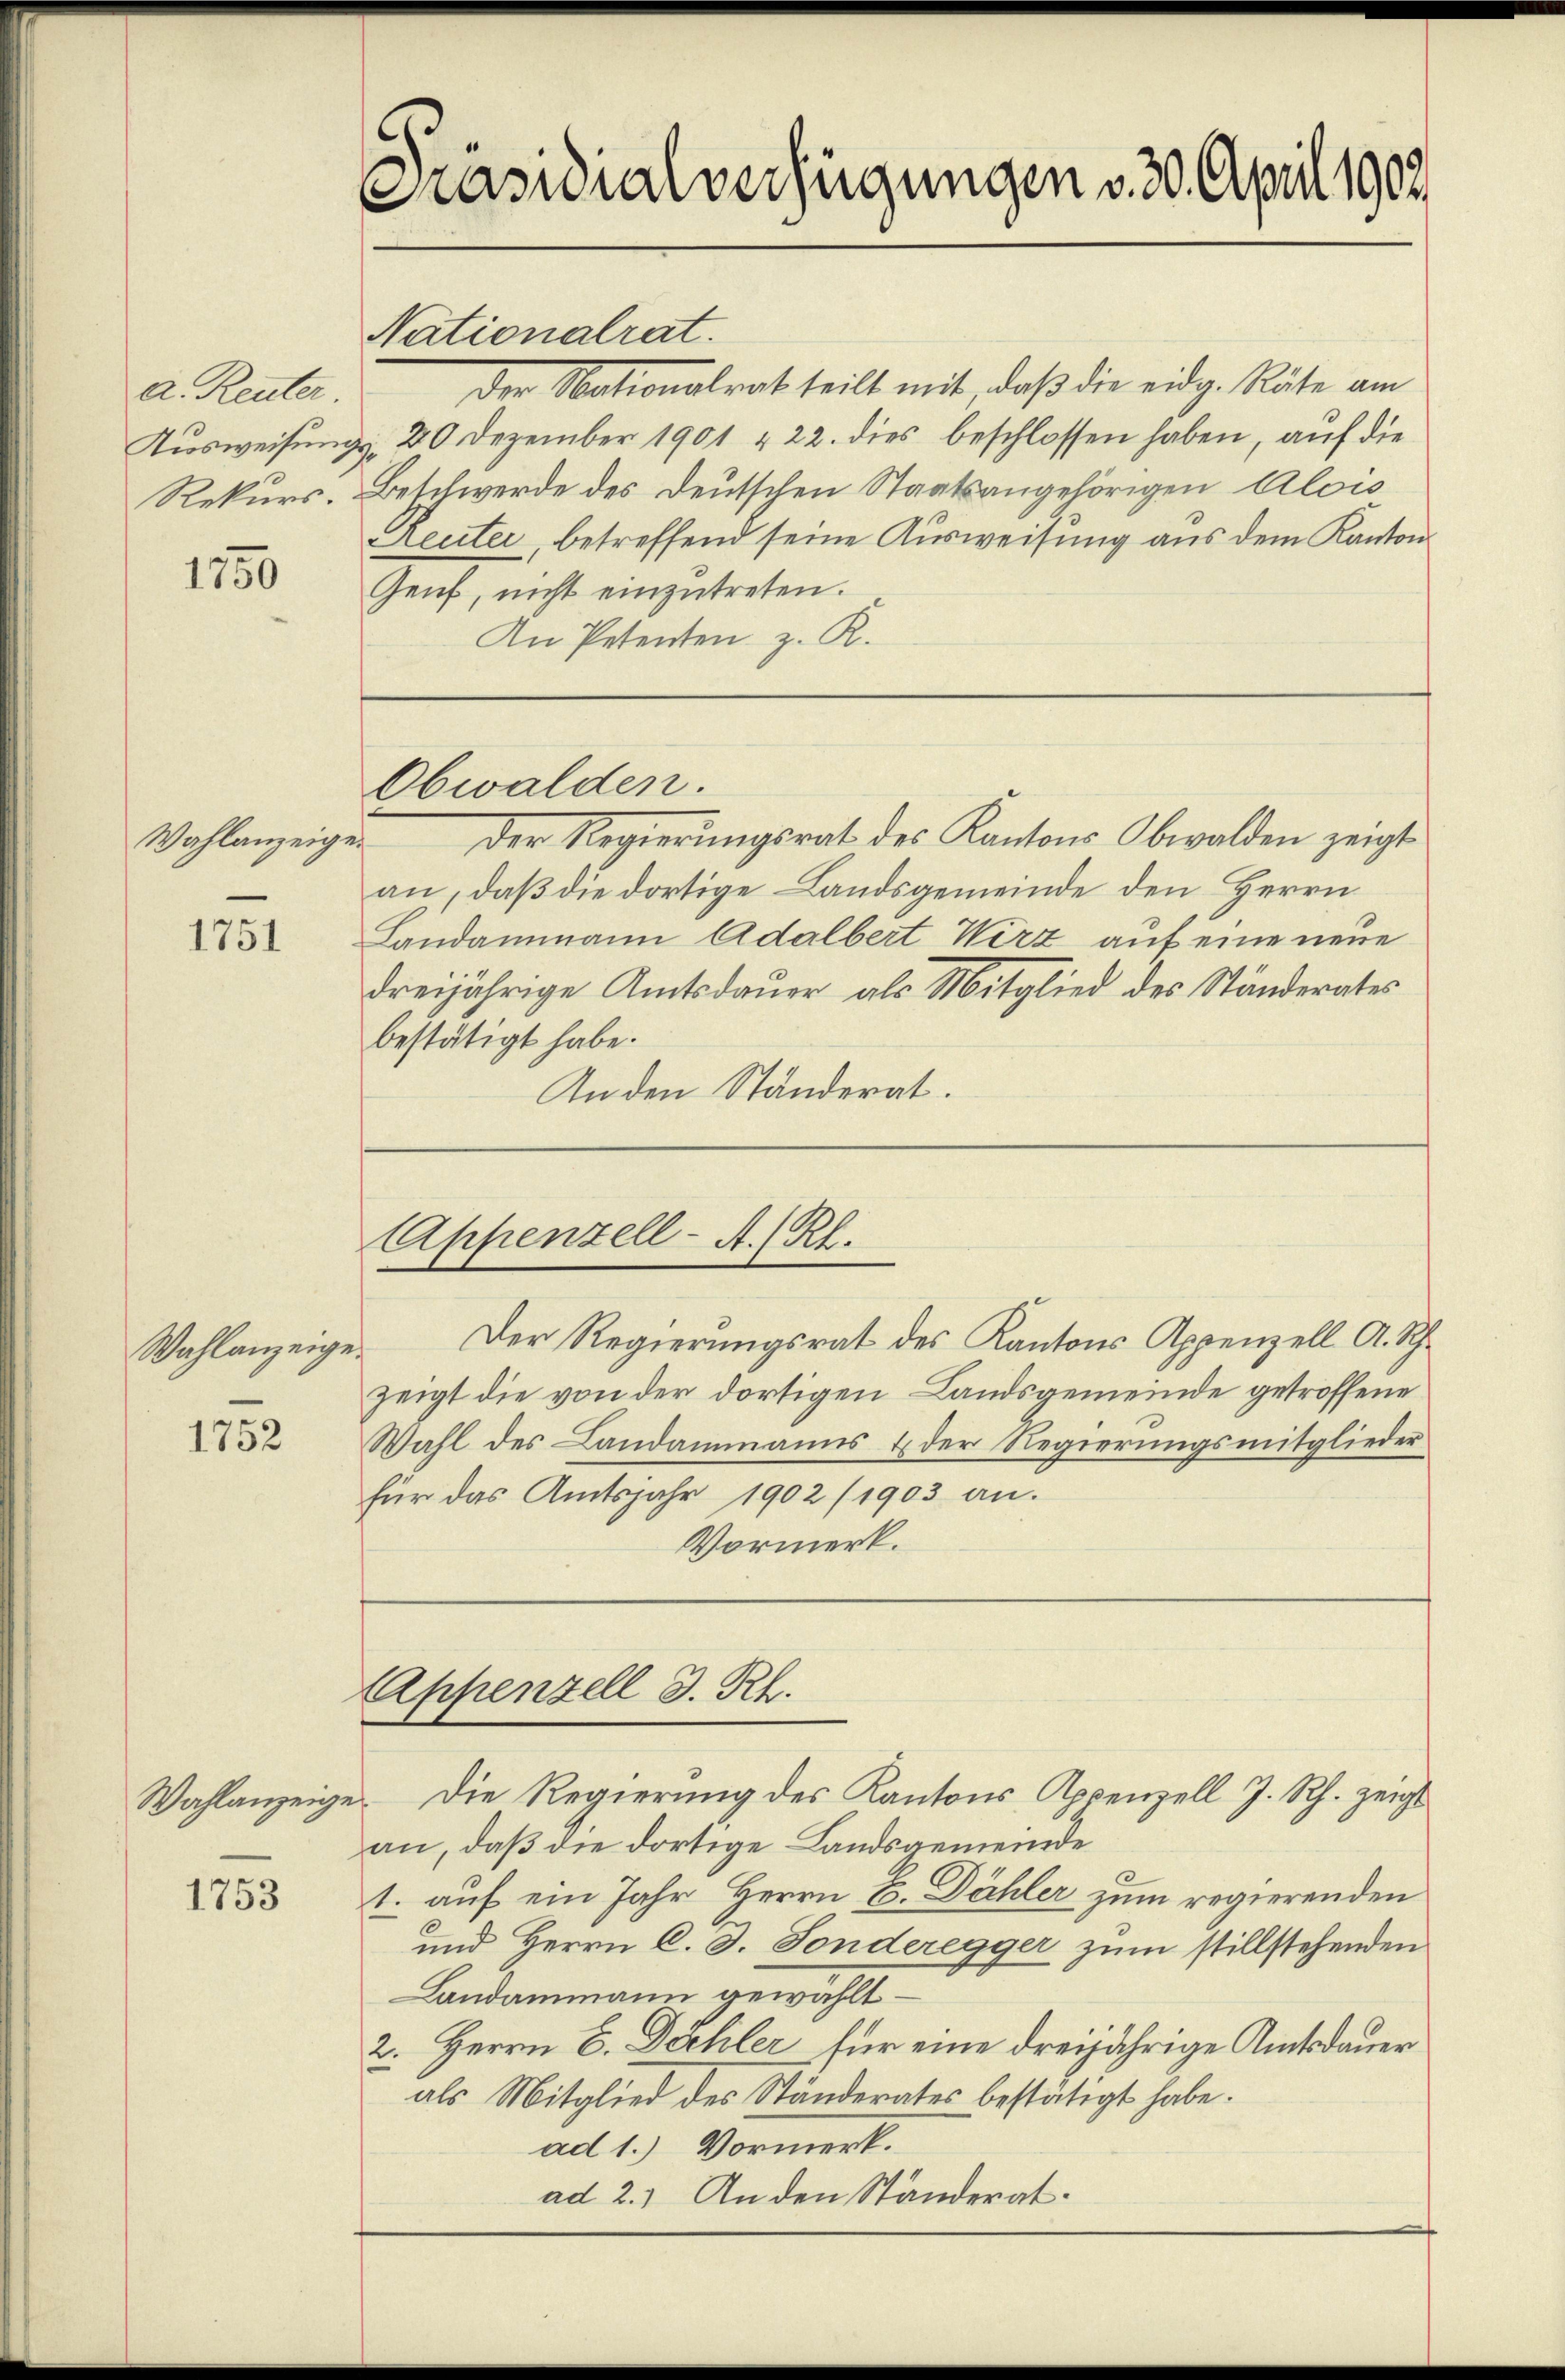
a. Reuter
Rekurs.

1750

Wahlanzeige.

1751

Wahlanzeige.

1752

Wahlanzeig

1753

Präsidialverfügungen v. 30. April 1902

Der Nationalrat teilt mit, daß die eidg. Räte am
Ausweisungs-, 20 Dezember 1901 & 22. dies beschlossen haben, auf die
Beschwerde des Deutschen Staatsangehörigen Alois
Reuter, betreffend seine Ausweisung aus dem Kanton
Genf, nicht einzŭtreten.
An Petenten z. R.

Nationalrat.

Obwalden.

Der Regierŭngsrat des Kantons Obwalden zeigt
an, daß die dortige Landsgemeinde den Herrn
Landammann Adalbert Wirz auf eine neue
dreijährige Amtsdauer als Mitglied des Ständerates
bestätigt habe.
An den Ständerat.

Appenzell A. R.

Der Regierungsrat des Kantons Appenzell A. Sch.
zeigt die von der dortigen Landsgemeinde getroffene
Wahl des Landammanns & der Regierungsmitglieder
für das Amtsjahr 1902 (1903 an.
Vormerk.

Appenzell I. Rh.

e. Die Regierung des Kantons Appenzell J. Rh. zeigt
an, daß die dortige Landsgemeinde
1. auf ein Jahr Herrn E. Dähler zum regierenden
und Herrn C. d. Sonderegger zum stillstehenden
Landammann gewählt.
2. Herrn C. Dechler für eine dreijährige Amtsdauer
als Mitglied des Ständerates bestätigt habe.
ad 1.) Vormerk.
ad 2.) An den Ständerat.